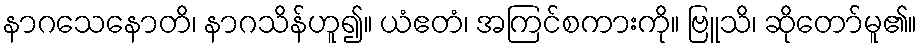
နာဂသေနောတိ၊ နာဂသိန်ဟူ၍။ ယံဧတံ၊ အကြင်စကားကို။ ဗြူသိ၊ ဆိုတော်မူ၏။